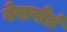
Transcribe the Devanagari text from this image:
वेसबोर्ड